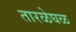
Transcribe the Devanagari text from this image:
तारळेघळ